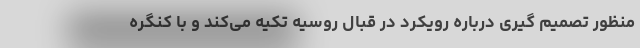
منظور تصمیم گیری درباره رویکرد در قبال روسیه تکیه می‌کند و با کنگره